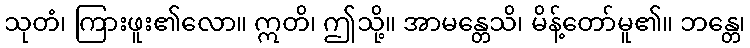
သုတံ၊ ကြားဖူး၏လော။ ဣတိ၊ ဤသို့။ အာမန္တေသိ၊ မိန့်တော်မူ၏။ ဘန္တေ၊